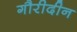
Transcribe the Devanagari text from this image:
गौरीदीन